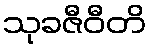
သုခဇီဝီတိ